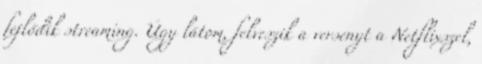
fejlődik streaming. Úgy látom, felveszik a versenyt a Netflixszel,